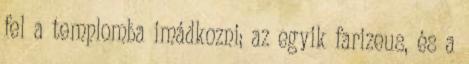
fel a templomba imádkozni; az egyik farizeus, és a